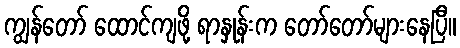
ကျွန်တော် ထောင်ကျဖို့ ရာနှုန်းက တော်တော်များနေပြီ။